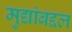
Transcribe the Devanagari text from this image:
मुद्यांबद्दल